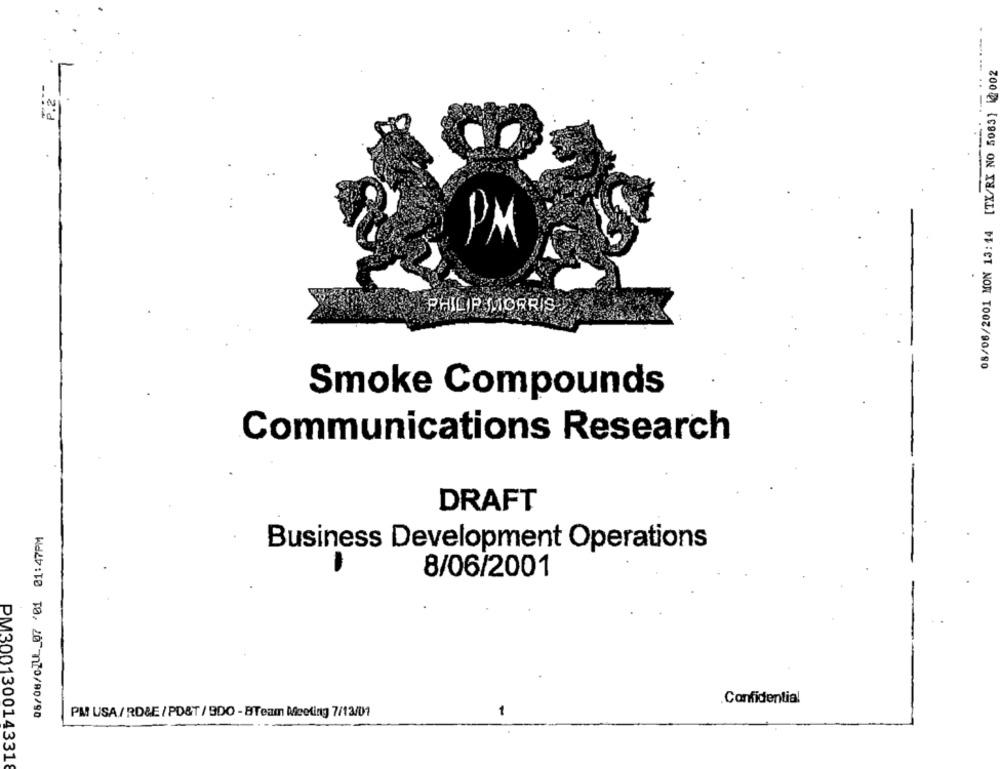
08/06/2001 MON 13:14 [TX/RX NO 5083] [002
P.2
PM
PHILIP MORRIS
Smoke Compounds
Communications Research
DRAFT
06/06/0JUL_07 201 01:47PM
Business Development Operations
-
8/06/2001
Confidential
PM USA/RD&E /PD&T/ 9DO - BTeam Meeting 7/13/01
PM3001300143318